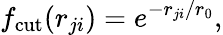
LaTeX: f_{\mathrm{cut}}(r_{ji})=e^{-r_{ji}/r_{0}},